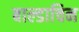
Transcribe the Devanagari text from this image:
बाल्डाचिन